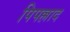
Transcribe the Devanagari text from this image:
पिपल्लाद